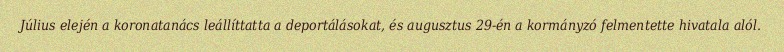
Július elején a koronatanács leállíttatta a deportálásokat, és augusztus 29-én a kormányzó felmentette hivatala alól.